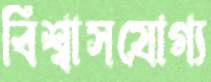
বিশ্বাসযোগ্য